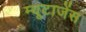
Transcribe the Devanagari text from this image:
म्यूटाजेंस